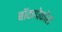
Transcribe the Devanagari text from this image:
बॉकापेकोरा